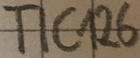
Text: TIC126